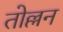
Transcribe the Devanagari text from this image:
तोल्लन